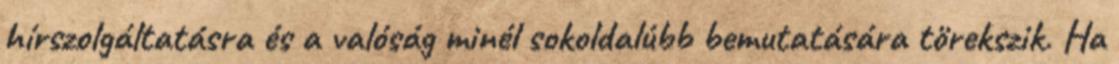
hírszolgáltatásra és a valóság minél sokoldalúbb bemutatására törekszik. Ha